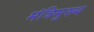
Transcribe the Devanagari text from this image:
मंत्रिमुख्य